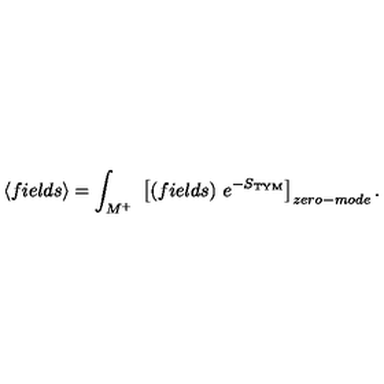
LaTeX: \left< f i e l d s \right> = \int _ { M ^ { + } } \ \left[ ( f i e l d s ) \ e ^ { - S _ { \mathrm { T Y M } } } \right] _ { z e r o - m o d e } .